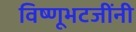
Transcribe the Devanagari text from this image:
विष्णूभटजींनी